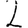
Digit: 2